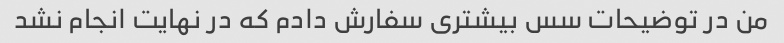
من در توضیحات سس بیشتری سفارش دادم که در نهایت انجام نشد